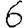
Digit: 6